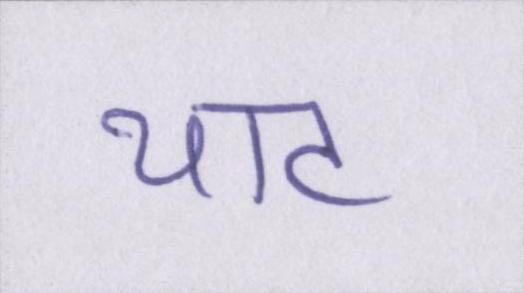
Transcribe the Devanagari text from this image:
थाट